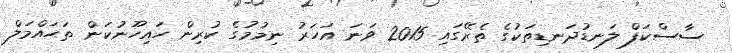
ސާސްކަފް ލަނޑުދަނޑިތަކުގެ ތެރޭގައި 2015 ވަނަ އަހަރު ނިމުމުގެ ކުރިން ހައިހޫނުކަން ތަޙައްމަލް